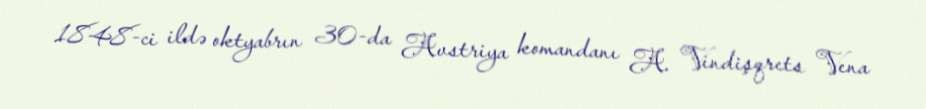
1848-ci ildə oktyabrın 30-da Avstriya komandanı A. Vindişqrets Vena